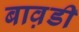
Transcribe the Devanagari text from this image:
बाव़डी